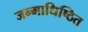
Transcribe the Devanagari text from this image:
जन्माधिष्ठित